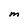
Character: M